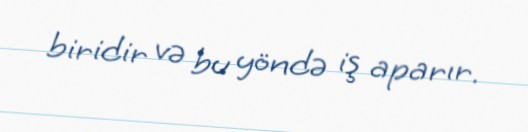
biridir və bu yöndə iş aparır.